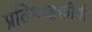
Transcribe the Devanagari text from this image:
प्रतिभाशक्तीची